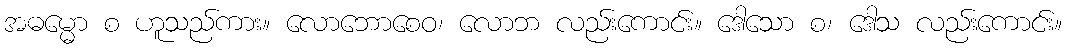
အဓမ္မော စ ဟူသည်ကား။ လောဘောစေဝ၊ လောဘ လည်းကောင်း။ ဒေါသော စ၊ ဒေါသ လည်းကောင်း။